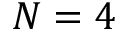
N = 4